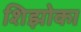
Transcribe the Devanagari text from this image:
शिझोका